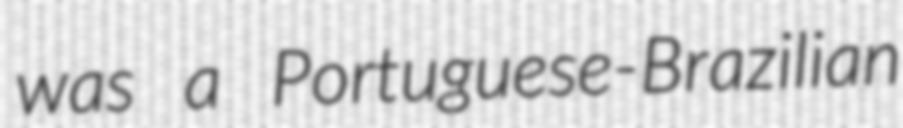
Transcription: was a Portuguese-Brazilian